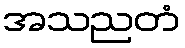
အသညတံ